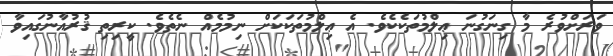
ވަރަށްވުރެ މާ ގިނަގުނަ ޢިލްމުތަކެކެވެ. އެ ޢިލްމުތަކަކަށް ނިމުމެއް ނެތެވެ. ކީރިތި ޤުރުއާނުގައިވާ